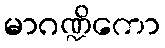
မာဂဏ္ဍိကော